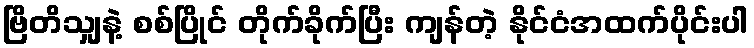
ဗြိတိသျှနဲ့ စစ်ပြိုင် တိုက်ခိုက်ပြီး ကျန်တဲ့ နိုင်ငံအထက်ပိုင်းပါ